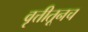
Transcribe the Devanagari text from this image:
वृत्तीतूनच